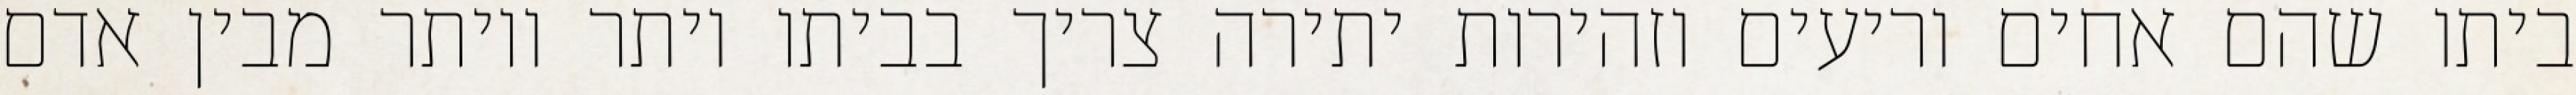
ביתו שהם אחים וריעים וזהירות יתירה צריך בביתו יותר ויותר מבין אדם